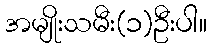
အမျိုးသမီး(၁)ဦးပါ။